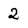
Character: 2